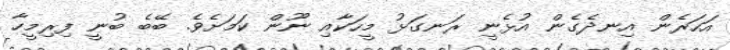
އަހަރެން އިނދެގެން އުޅެނީ ރަނގަޅު މީހަކާއި ނޫން ކަމަށެވެ. ބޭބެ ބުނީ ފިރިމީހާ